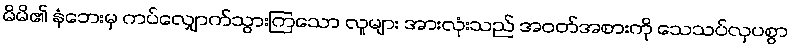
မိမိ၏ နံဘေးမှ ကပ်လျှောက်သွားကြသော လူများ အားလုံးသည် အဝတ်အစားကို သေသပ်လှပစွာ